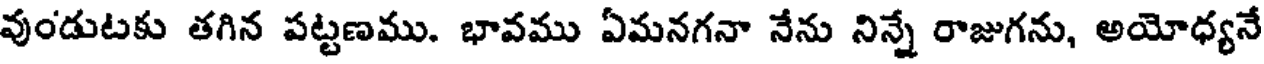
వుండుటకు తగిన పట్టణము. భావము ఏమనగనా నేను నిన్నే రాజుగను, అయోధ్యనే